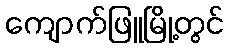
ကျောက်ဖြူမြို့တွင်